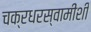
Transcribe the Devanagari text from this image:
चक्रधरस्वामींशी